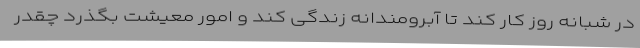
در شبانه روز کار کند تا آبرومندانه زندگی کند و امور معیشت بگذرد چقدر